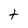
Character: t